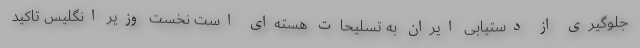
جلوگیری از دستیابی ایران به تسلیحات هسته‌ای است نخست وزیر انگلیس تاکید